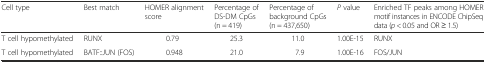
<table><thead><tr><td><b>Cell type</b></td><td><b>Best match</b></td><td><b>HOMER alignment score</b></td><td><b>Percentage of DS-DM CpGs (n = 419)</b></td><td><b>Percentage of background CpGs (n = 437,650)</b></td><td><b><i>P</i> value</b></td><td><b>Enriched TF peaks among HOMER motif instances in ENCODE ChipSeq data (<i>p</i> &lt; 0.05 and OR ≥ 1.5)</b></td></tr></thead><tbody><tr><td>T cell hypomethylated</td><td>RUNX</td><td>0.79</td><td>25.3</td><td>11.0</td><td>1.00E-15</td><td>RUNX</td></tr><tr><td>T cell hypomethylated</td><td>BATF::JUN (FOS)</td><td>0.948</td><td>21.0</td><td>7.9</td><td>1.00E-16</td><td>FOS/JUN</td></tr></tbody></table>